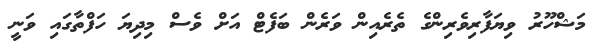
މަޝްހޫރު ވިޔަފާރިވެރިންގެ ތެރެއިން ވަރެން ބަފެޓް އަށް ވެސް މިދިޔަ ހަފްތާގައި ވަނީ